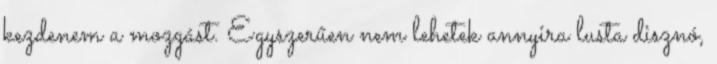
kezdenem a mozgást. Egyszerűen nem lehetek annyira lusta disznó,